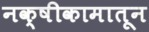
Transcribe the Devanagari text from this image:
नक्षीकामातून